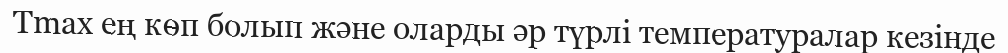
Tmax ең көп болып және оларды әр түрлі температуралар кезінде